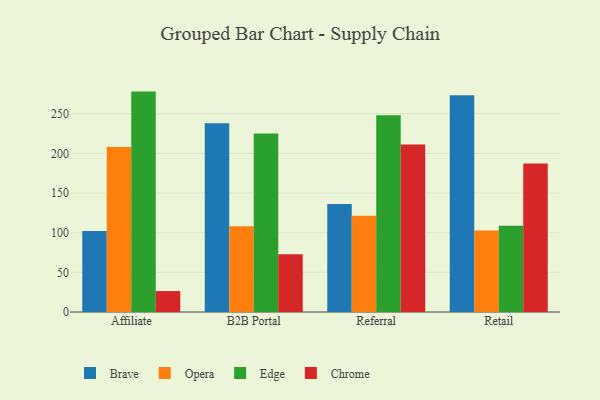
{"axis": {"x": "Channel", "y": "Conversion Rate (%)"}, "legend": ["Brave", "Chrome", "Edge", "Opera"], "data": [{"x": "Affiliate", "y": 102.1, "type": "Brave"}, {"x": "Affiliate", "y": 208.0, "type": "Opera"}, {"x": "Affiliate", "y": 277.9, "type": "Edge"}, {"x": "Affiliate", "y": 26.4, "type": "Chrome"}, {"x": "B2B Portal", "y": 238.1, "type": "Brave"}, {"x": "B2B Portal", "y": 108.0, "type": "Opera"}, {"x": "B2B Portal", "y": 225.2, "type": "Edge"}, {"x": "B2B Portal", "y": 72.7, "type": "Chrome"}, {"x": "Referral", "y": 136.2, "type": "Brave"}, {"x": "Referral", "y": 121.3, "type": "Opera"}, {"x": "Referral", "y": 248.2, "type": "Edge"}, {"x": "Referral", "y": 211.1, "type": "Chrome"}, {"x": "Retail", "y": 273.3, "type": "Brave"}, {"x": "Retail", "y": 102.7, "type": "Opera"}, {"x": "Retail", "y": 108.8, "type": "Edge"}, {"x": "Retail", "y": 187.1, "type": "Chrome"}]}